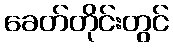
ခေတ်တိုင်းတွင်